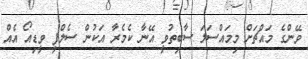
ވޭންގެ މައްޗަށް މިމައްސަލަ ސާބިތުވީ އޭނާ ކެމެރާ އަކުން ސެލްފީ ވީޑިއޯ އެއް